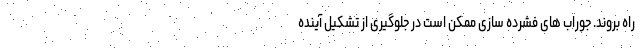
راه بروند. جوراب های فشرده سازی ممکن است در جلوگیری از تشکیل آینده